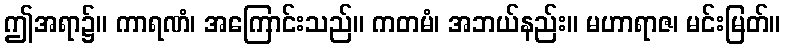
ဤအရာ၌။ ကာရဏံ၊ အကြောင်းသည်။ ကတမံ၊ အဘယ်နည်း။ မဟာရာဇ၊ မင်းမြတ်။